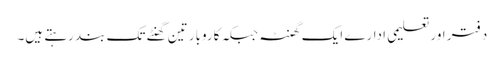
دفتر اور تعلیمی ادارے ایک گھنٹہ جبکہ کاروبار تین گھنٹے تک بند رہتے ہیں۔